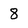
Character: 8